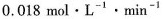
0.018 mol·L^{-1}·min^{-1}